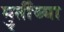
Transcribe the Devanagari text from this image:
मु्र्तीच्या